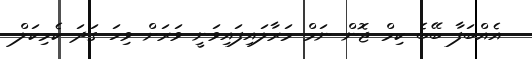
އެއްބަފާ ބޭބެ ކިމް ޖޮން ނަމް މަރާލައިފައިވަނީ ވަރަށް ވިހަ ގަދަ ކެމިކަލް